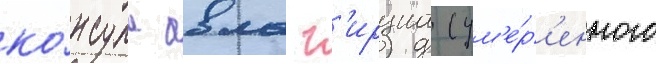
ко́нсула авла г'ирциа (ум'е́р'енного